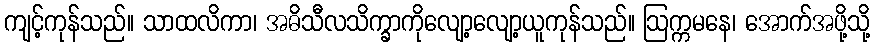
ကျင့်ကုန်သည်။ သာထလိကာ၊ အဓိသီလသိက္ခာကိုလျော့လျော့ယူကုန်သည်။ ဩက္ကမနေ၊ အောက်အဖို့သို့